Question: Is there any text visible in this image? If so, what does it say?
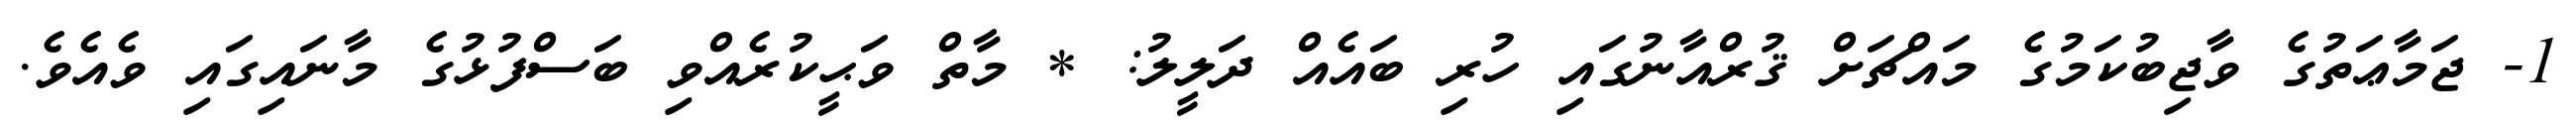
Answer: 1- ޖަމާޢަތުގެ ވާޖިބުކަމުގެ މައްޗަށް ޤުރްއާނުގައި ހުރި ބައެއް ދަލީލު: * މާތް ވަޙީކުރެއްވި ބަސްފުޅުގެ މާނައިގައި ވެއެވެ.